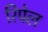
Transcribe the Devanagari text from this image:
रिपेल